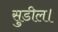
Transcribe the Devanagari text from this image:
सुडील।